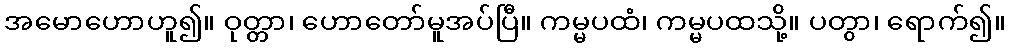
အမောဟောဟူ၍။ ဝုတ္တာ၊ ဟောတော်မူအပ်ပြီ။ ကမ္မပထံ၊ ကမ္မပထသို့။ ပတွာ၊ ရောက်၍။